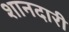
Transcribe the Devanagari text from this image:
शानदारी